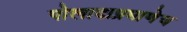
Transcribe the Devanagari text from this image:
पोलादाप्रमाणेच